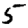
Digit: 5